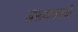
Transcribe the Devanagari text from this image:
अरूणाचलची